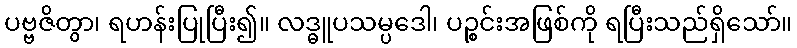
ပဗ္ဗဇိတွာ၊ ရဟန်းပြုပြီး၍။ လဒ္ဓူပသမ္ပဒေါ၊ ပဉ္စင်းအဖြစ်ကို ရပြီးသည်ရှိသော်။